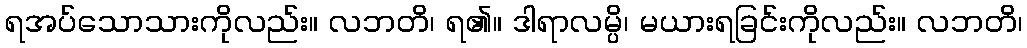
ရအပ်သောသားကိုလည်း။ လဘတိ၊ ရ၏။ ဒါရာလမ္ပိ၊ မယားရခြင်းကိုလည်း။ လဘတိ၊